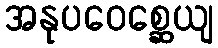
အနုပဝေစ္ဆေယျ